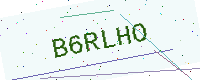
Text: B6RLHO